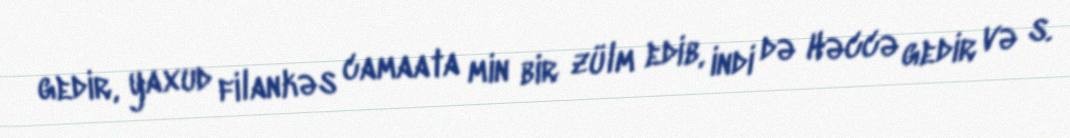
gedir, yaxud filankəs camaata min bir zülm edib, indi də Həccə gedir və s.